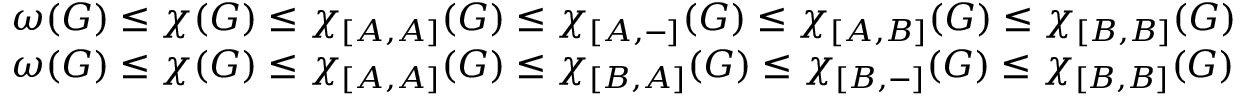
\begin{array} { r l r } & { \omega ( G ) \le \chi ( G ) \le \chi _ { [ A , A ] } ( G ) \le \chi _ { [ A , - ] } ( G ) \le \chi _ { [ A , B ] } ( G ) \le \chi _ { [ B , B ] } ( G ) } & \\ & { \omega ( G ) \le \chi ( G ) \le \chi _ { [ A , A ] } ( G ) \le \chi _ { [ B , A ] } ( G ) \le \chi _ { [ B , - ] } ( G ) \le \chi _ { [ B , B ] } ( G ) } & \end{array}